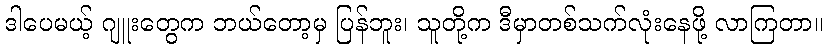
ဒါပေမယ့် ဂျူးတွေက ဘယ်တော့မှ ပြန်ဘူး၊ သူတို့က ဒီမှာတစ်သက်လုံးနေဖို့ လာကြတာ။